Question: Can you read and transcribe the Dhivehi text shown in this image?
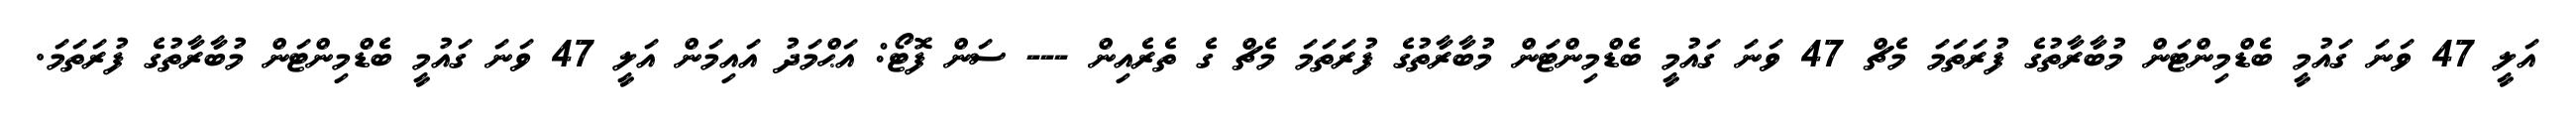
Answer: އަލީ 47 ވަނަ ގައުމީ ބެޑްމިންޓަން މުބާރާތުގެ ފުރަތަމަ މެޗް 47 ވަނަ ގައުމީ ބެޑްމިންޓަން މުބާރާތުގެ ފުރަތަމަ މެޗް ގެ ތެރެއިން --- ސަން ފޮޓޯ: އަޙްމަދު އައިމަން އަލީ 47 ވަނަ ގައުމީ ބެޑްމިންޓަން މުބާރާތުގެ ފުރަތަމަ.